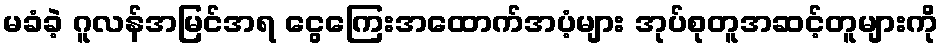
မခံခဲ့ ဂူလန်အမြင်အရ ငွေကြေးအထောက်အပံ့များ အုပ်စုတူအဆင့်တူများကို